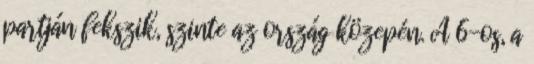
partján fekszik, szinte az ország közepén. A 6-os, a